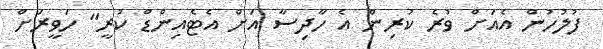
ފުލުހުން އެއަށް ވުރެ ކުރިން އެ ހާދިސާ އަށް އެޓެއިންޑް ކުރީ" ހަވީރަށް